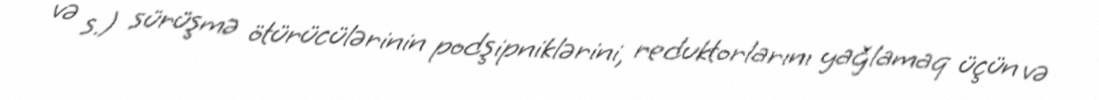
və s.) sürüşmə ötürücülərinin podşipniklərini, reduktorlarını yağlamaq üçün və